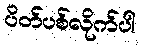
ပိတ်ပစ်လိုက်ပါ